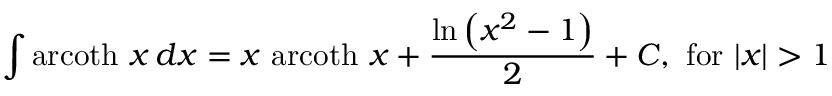
\int \operatorname { a r c o t h } \, x \, d x = x \, \operatorname { a r c o t h } \, x + { \frac { \ln \left( x ^ { 2 } - 1 \right) } { 2 } } + C , { \mathrm { ~ f o r ~ } } \vert x \vert > 1